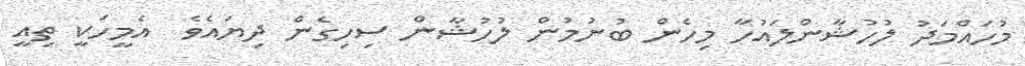
މުހައްމަދު ލުހުޝާންލައުހާ މިހެން ބުނުމުން ލުހުޝާން ސިހިގެން ދިޔައެވެ  އެމީހަކީ ތިއީ